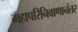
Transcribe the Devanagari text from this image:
महापरिनिवाणानंतर